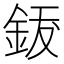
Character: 𨦐